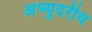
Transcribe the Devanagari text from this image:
अभ्युदरीय